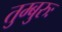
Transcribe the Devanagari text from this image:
तुम्बुरुः